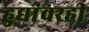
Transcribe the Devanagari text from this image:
हुद्यांवरही